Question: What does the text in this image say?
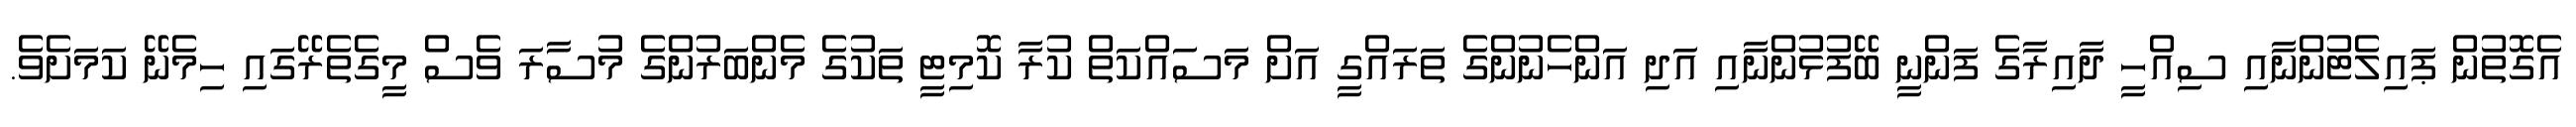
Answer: އެގޮތުން ޕައިލެޓުންނާއި ސިއްހީ ދާއިރާގެ ފަންނީ ބޭފުޅުންނާއި އަދި އަންހެނުންގެ ތަރައްގީ އަށް މަސައްކަތް ކުރާ ކޮމިޓީ ތަކުގެ މެންބަރުންގެ މުސާރަ ވެސް މީގެތެރޭގައި ހިމެނޭ ކަމަށެވެ.